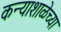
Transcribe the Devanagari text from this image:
कन्याशाळेच्या